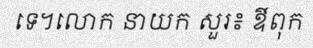
ទេ។លោក នាយក សួរ៖ ឳពុក